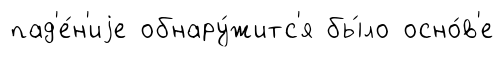
пад'е́н'иjе обнару́житс'я бы́ло осно́в'е